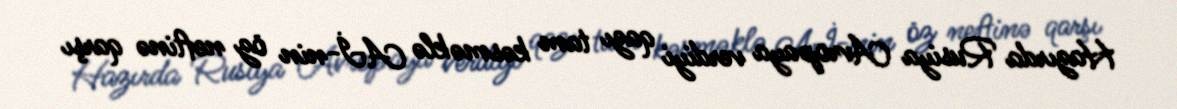
Hazırda Rusiya Avropaya verdiyi qazı tam kəsməklə Aİ-nin öz neftinə qarşı